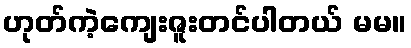
ဟုတ်ကဲ့ကျေးဇူးတင်ပါတယ် မမ။